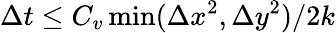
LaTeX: \Delta t\le{C_{v}\operatorname*{min}(\Delta x^{2},\Delta y^{2})}/{2k}